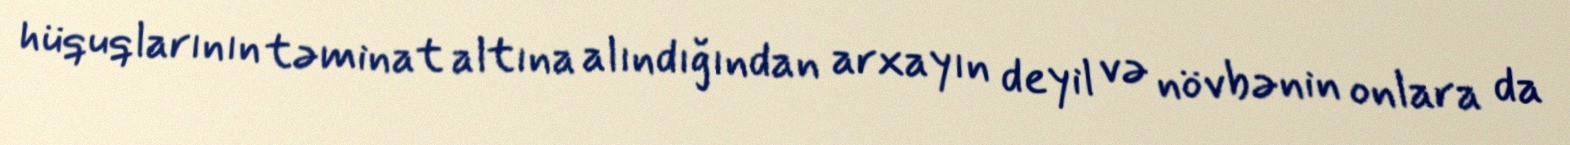
hüquqlarının təminat altına alındığından arxayın deyil və növbənin onlara da